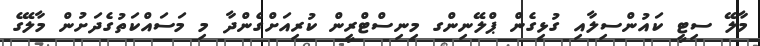
މާލޭ ސިޓީ ކައުންސިލާއި ގުޅިގެން ޕްލޭނިންގ މިނިސްޓްރީން ކުރިއަށްގެންދާ މި މަސައްކަތުގެދަށުން މާލޭގެ